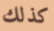
كذلك